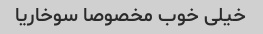
خیلی خوب مخصوصا سوخاریا